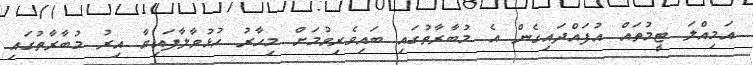
އަމިއްލަ ޓީމުތައް އުފައްދައިގެން އެ މުބާރާތުގައި ބައިވެރިވުމަށް މިހާރު ހުޅުވާލާފައިވާ އިރު މުބާރާތުގައި